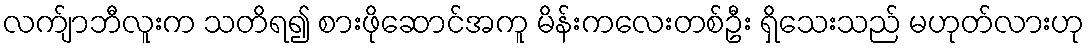
လက်ျာဘီလူးက သတိရ၍ စားဖိုဆောင်အကူ မိန်းကလေးတစ်ဦး ရှိသေးသည် မဟုတ်လားဟု